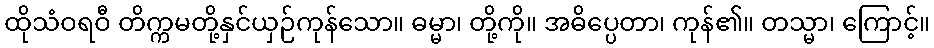
ထိုသံဝရဝီ တိက္ကမတို့နှင်ယှဉ်ကုန်သော။ ဓမ္မာ၊ တို့ကို။ အဓိပ္ပေတာ၊ ကုန်၏။ တသ္မာ၊ ကြောင့်။